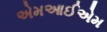
એમઆઈએમ